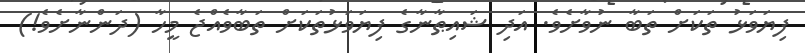
ފިޔަވަޅު ތަކަށް ތަބާ ނުވާށެވެ. އަދި ޝައިޠާނާގެ ފިޔަވަޅުތަކަށް ތަބާވެއްޖެ މީހާ (ދަންނާށެވެ!)